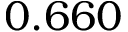
0 . 6 6 0